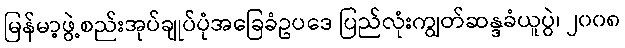
မြန်မာ့ဖွဲ့စည်းအုပ်ချုပ်ပုံအခြေခံဥပဒေ ပြည်လုံးကျွတ်ဆန္ဒခံယူပွဲ၊ ၂၀၀၈